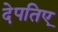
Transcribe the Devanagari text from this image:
देपतिए